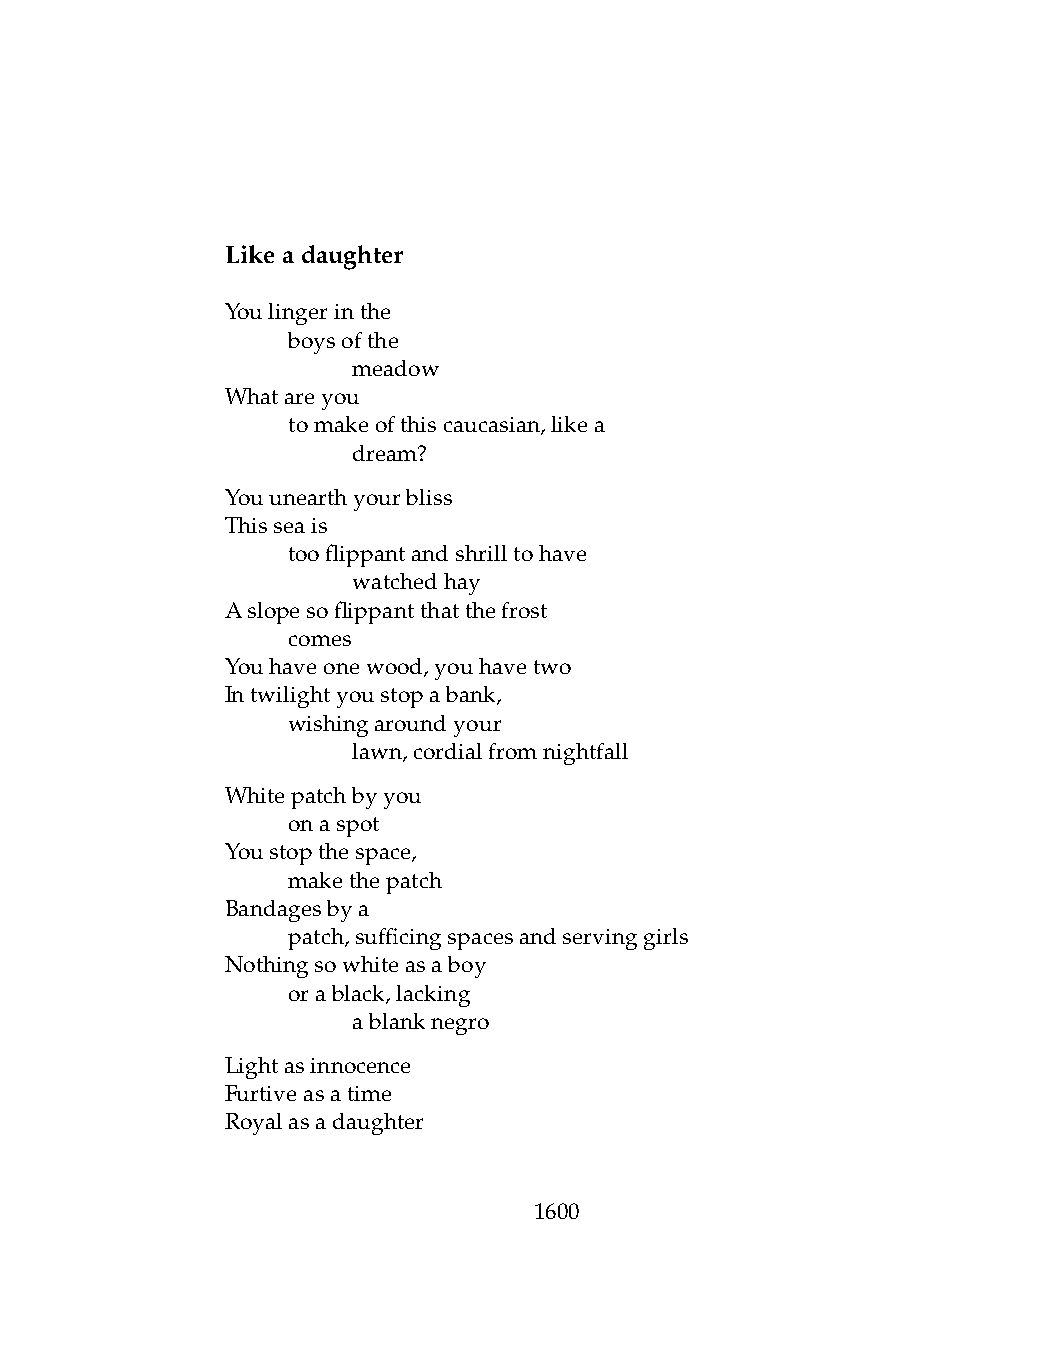
Likeadaughter
 Youlingerinthe
 .   boysofthe
 .   .   meadow
 Whatareyou
 .   tomakeofthiscaucasian,likea
 .   .   dream?
 Youunearthyourbliss
 Thisseais
 .   tooflippantandshrilltohave
 .   .   watchedhay
 Aslopesoflippantthatthefrost
 .   comes
 Youhaveonewood,youhavetwo
 Intwilightyoustopabank,
 .   wishingaroundyour
 .   .   lawn,cordialfromnightfall
 Whitepatchbyyou
 .   onaspot
 Youstopthespace,
 .   makethepatch
 Bandagesbya
 .   patch,sufficingspacesandservinggirls
 Nothingsowhiteasaboy
 .   orablack,lacking
 .   .   ablanknegro
 Lightasinnocence
 Furtiveasatime
 Royalasadaughter
 1600